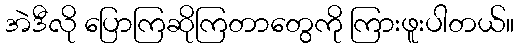
အဲဒီလို ပြောကြဆိုကြတာတွေကို ကြားဖူးပါတယ်။